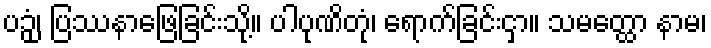
ပဉှံ၊ ပြဿနာဖြေခြင်းသို့။ ပါပုဏိတုံ၊ ရောက်ခြင်းငှာ။ သမတ္ထော နာမ၊